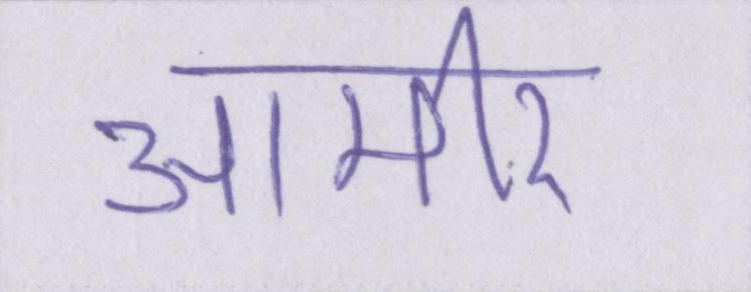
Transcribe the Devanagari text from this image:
आमीर